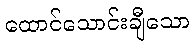
ထောင်သောင်းချီသော